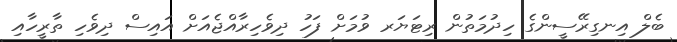
ބެލް އިނގިރޭސީންގެ ހިދުމަތުން ރިޓަޔަރ ވުމަށް ފަހު ދިވެހިރާއްޖެއަށް އައިސް ދިވެހި ތާރީހާއި